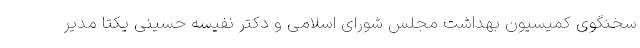
سخنگوی کمیسیون بهداشت مجلس شورای اسلامی و دکتر نفیسه حسینی یکتا مدیر